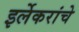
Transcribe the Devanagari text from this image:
इर्लेकरांचे